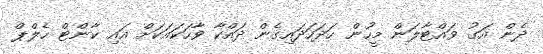
ދެން އަގު ވައްޓާލަން މީހުން ހަދަހަދައިގެން ދައްކާ ވާހަކައަކަށް އައި ކާންޓް ހެލްޕް